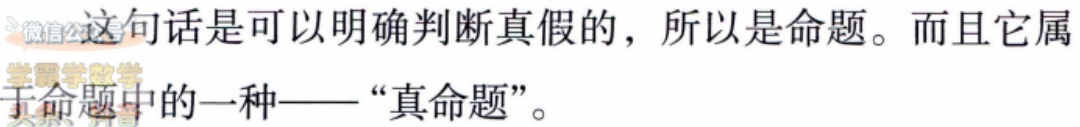
这句话是可以明确判断真假的，所以是命题。而且它属于命题中的一种——“真命题”。